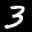
Label: 3